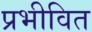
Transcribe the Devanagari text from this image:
प्रभीवित